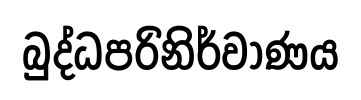
බුද්ධපරිනිර්වාණය